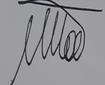
Signature authenticity: genuine